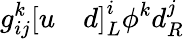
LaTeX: g_{ij}^{k}\left[u\quad d\right]_{L}^{i}\phi^{k}d_{R}^{j}